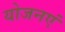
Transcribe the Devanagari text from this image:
योजनएं